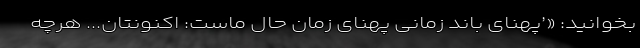
بخوانید: «’پهنای باند زمانی پهنای زمان حال ماست: اکنونتان... هرچه